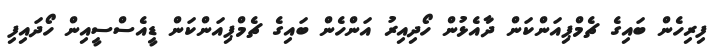
ފިރިހެން ބައިގެ ޗެމްޕިއަންކަން ދާއެޅުން ހޯދިއިރު އަންހެން ބައިގެ ޗެމްޕިއަންކަން ޑީއެސްސީއިން ހޯދައިފި